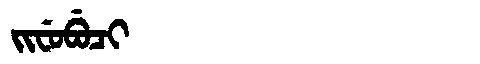
Manchu: ᠵᡳᠸᡠᠪᡠᠴᡳ
Romanization: JIFUBUCI